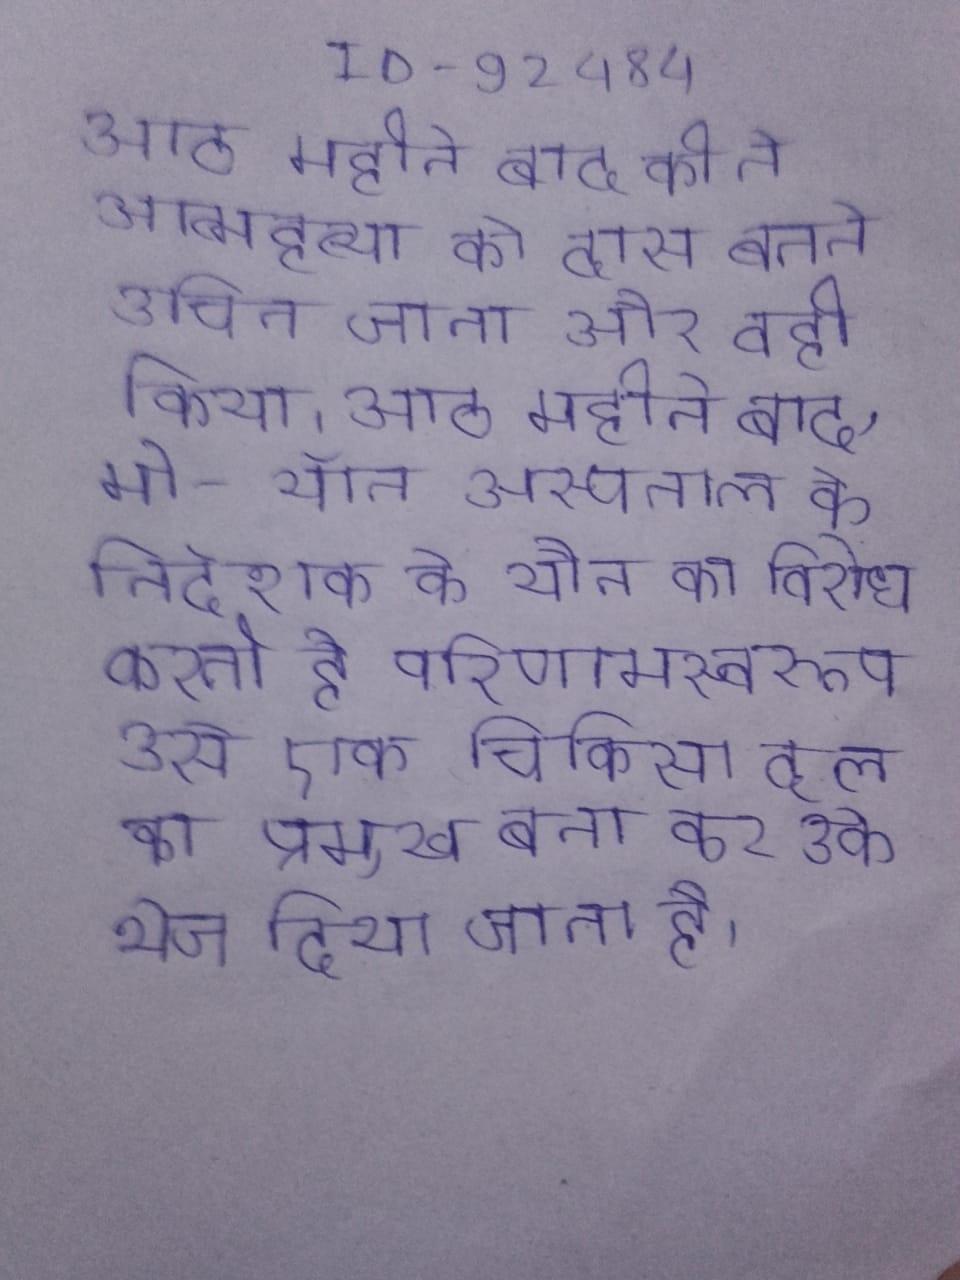
आठ महीने बाद की ने आत्महत्या को दास बनने उचित जाना और वही किया । आठ महीने बाद, मो-यॉन अस्पताल के निदेशक के यौन का विरोध करती है परिणामस्वरूप उसे एक चिकित्सा दल का प्रमुख बना कर उर्क भेज दिया जाता है ।